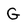
Character: G